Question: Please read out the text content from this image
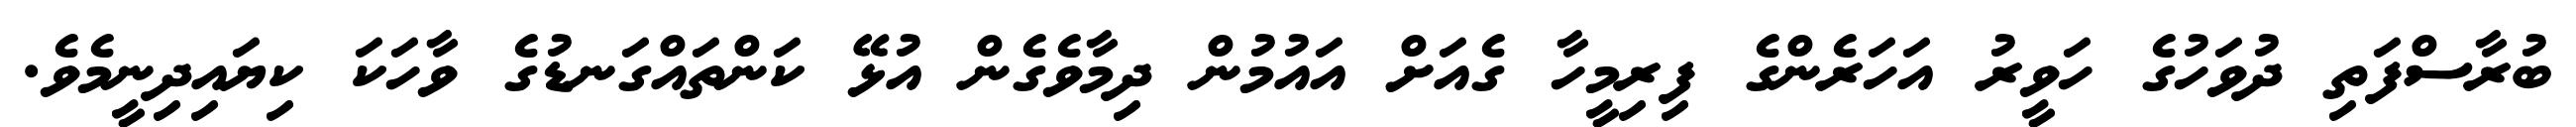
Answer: ބުރާސްފަތި ދުވަހުގެ ހަވީރު އަހަރެންގެ ފިރިމީހާ ގެއަށް އައުމުން ދިމާވެގެން އުޅޭ ކަންތައްގަނޑުގެ ވާހަކަ ކިޔައިދިނީމެވެ.